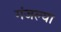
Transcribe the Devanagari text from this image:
गंजल्या